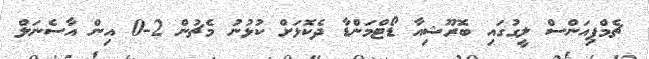
ޗެމްޕިއަންސް ލީގުގައި ބޮރޫޝިއާ ޑޯޓްމަންޑާ ދެކޮޅަށް ކުޅުނު މެޗުން 2-0 އިން އާސެނަލް